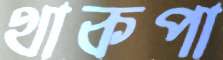
থাকপা